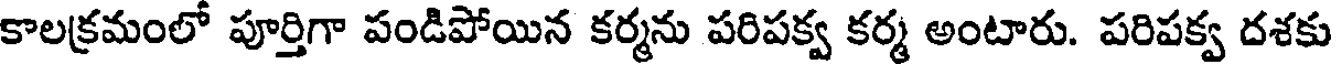
కాలక్రమంలో పూర్తిగా పండిపోయిన కర్మను పరిపక్వ కర్మ అంటారు. పరిపక్వ దశకు